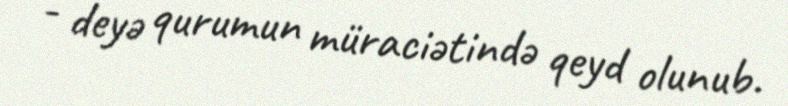
- deyə qurumun müraciətində qeyd olunub.